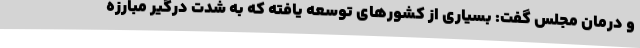
و درمان مجلس گفت: بسیاری از کشورهای توسعه یافته که به شدت درگیر مبارزه